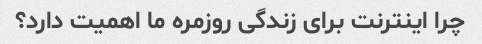
چرا اینترنت برای زندگی روزمره ما اهمیت دارد؟